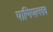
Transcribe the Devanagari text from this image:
पाणिपल्लव